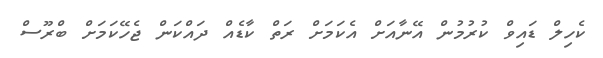
ކެހިލް ޑައިވް ކުރުމުން އޭނާއަށް އެކަމަށް ރަތް ކާޑެއް ދައްކަން ޖެހޭކަމަށް ބްރޫސް